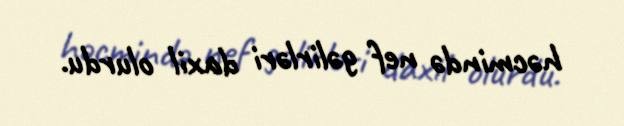
həcmində nef gəlirləri daxil olurdu.